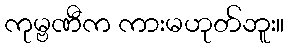
ကုမ္ဗဏီက ကားမဟုတ်ဘူး။